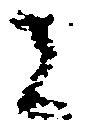
者